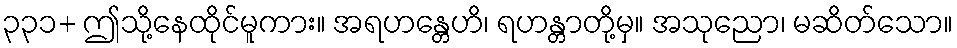
၃၃၁+ ဤသို့နေထိုင်မူကား။ အရဟန္တေဟိ၊ ရဟန္တာတို့မှ။ အသုညော၊ မဆိတ်သော။